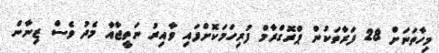
މިހާތަނަށް 28 ފަރާތަކުން ޕްރޮގްރާމް ފުރިހަމަކޮށްފައި ވާއިރު ނަތީޖާއާ މެދު ވެސް ޒިނާން